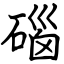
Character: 碯